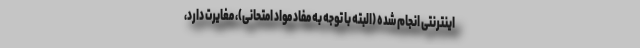
اینترنتی انجام شده (البته با توجه به مفاد مواد امتحانی)، مغایرت‌ دارد،